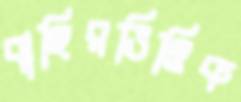
বাহিরভিত্তিক